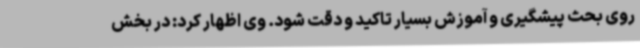
روی بحث پیشگیری و آموزش بسیار تاکید و دقت شود. وی اظهار کرد: در بخش